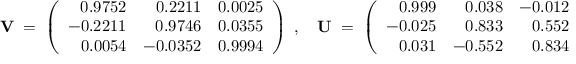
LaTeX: { \bf V } \; = \; \left( \begin{array} { r r r } { { 0 . 9 7 5 2 } } & { { 0 . 2 2 1 1 } } & { { 0 . 0 0 2 5 } } \\ { { - 0 . 2 2 1 1 } } & { { 0 . 9 7 4 6 } } & { { 0 . 0 3 5 5 } } \\ { { 0 . 0 0 5 4 } } & { { - 0 . 0 3 5 2 } } & { { 0 . 9 9 9 4 } } \end{array} \right) \; , \quad { \bf U } \; = \; \left( \begin{array} { r r r } { { 0 . 9 9 9 } } & { { 0 . 0 3 8 } } & { { - 0 . 0 1 2 } } \\ { { - 0 . 0 2 5 } } & { { 0 . 8 3 3 } } & { { 0 . 5 5 2 } } \\ { { 0 . 0 3 1 } } & { { - 0 . 5 5 2 } } & { { 0 . 8 3 4 } } \end{array} \right)